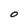
Character: O